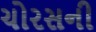
ચોરસની